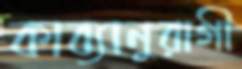
কাব্যানুরাগী